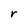
Character: r